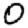
Digit: 0